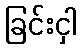
ခြင်းငှါ